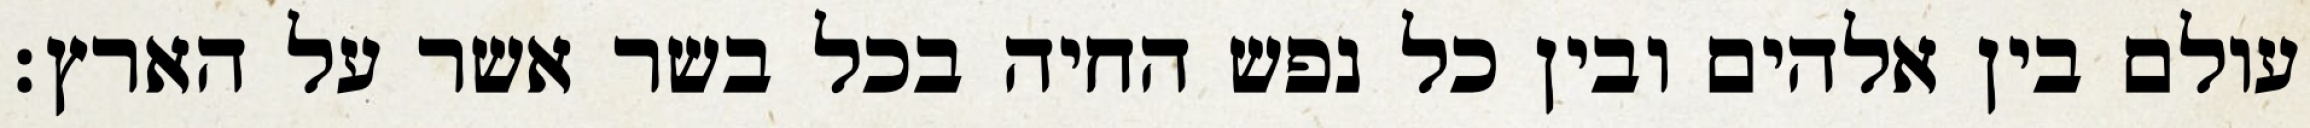
עולם בין אלהים ובין כל נפש החיה בכל בשר אשר על הארץ׃